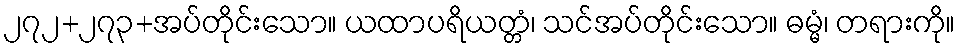
၂၇၂+၂၇၃+အပ်တိုင်းသော။ ယထာပရိယတ္တံ၊ သင်အပ်တိုင်းသော။ ဓမ္မံ၊ တရားကို။